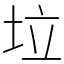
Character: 垃